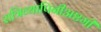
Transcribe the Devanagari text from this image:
रात्रिव्यापिनीअष्टमी